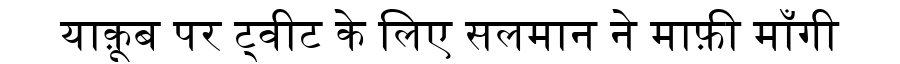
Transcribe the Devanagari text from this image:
याक़ूब पर ट्वीट के लिए सलमान ने माफ़ी माँगी